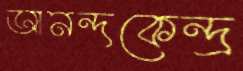
আনন্দকেন্দ্র